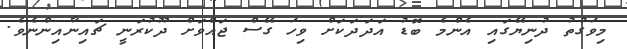
މިވަގުތު ދުނިޔޭގައި އެންމެ ބޮޑު އަދަދަކަށް ވިހަ ގޭސް ޖައްވަށް ދޫކުރަނީ ޗައިނާއިންނެވެ.